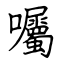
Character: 囑